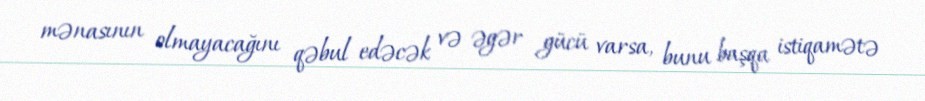
mənasının olmayacağını qəbul edəcək və əgər gücü varsa, bunu başqa istiqamətə